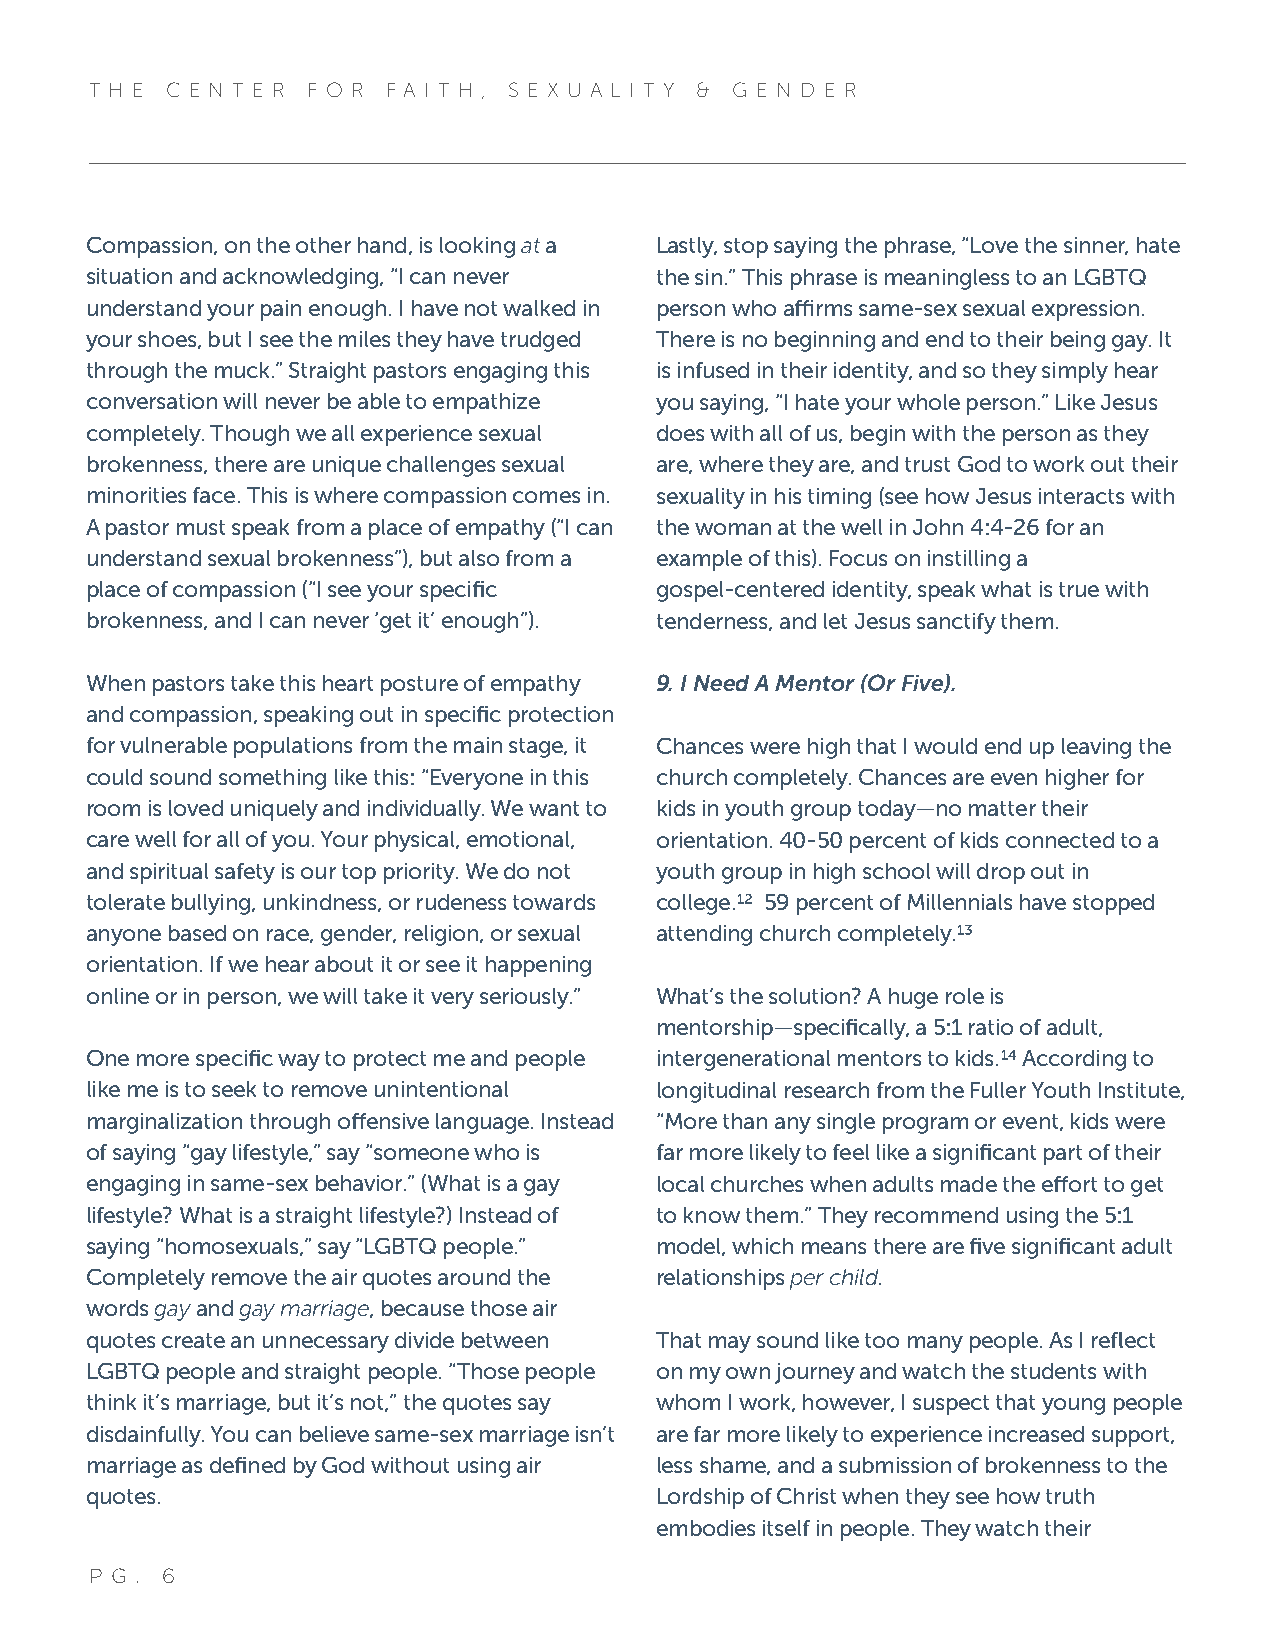
T H E C E N T E R F O R F A I T H , S E X U A L I T Y & G E N D E R
 Compassion, on the other hand, is looking at a Lastly, stop saying the phrase, “Love the sinner, hate
 situation and acknowledging, “I can never the sin.” This phrase is meaningless to an LGBTQ
 understand your pain enough. I have not walked in person who affirms same-sex sexual expression.
 your shoes, but I see the miles they have trudged There is no beginning and end to their being gay. It
 through the muck.” Straight pastors engaging this is infused in their identity, and so they simply hear
 conversation will never be able to empathize you saying, “I hate your whole person.” Like Jesus
 completely. Though we all experience sexual does with all of us, begin with the person as they
 brokenness, there are unique challenges sexual are, where they are, and trust God to work out their
 minorities face. This is where compassion comes in. sexuality in his timing (see how Jesus interacts with
 A pastor must speak from a place of empathy (“I can the woman at the well in John 4:4-26 for an
 understand sexual brokenness”), but also from a example of this). Focus on instilling a
 place of compassion (“I see your specific gospel-centered identity, speak what is true with
 brokenness, and I can never ‘get it’ enough”). tenderness, and let Jesus sanctify them.
 When pastors take this heart posture of empathy 9. I Need A Mentor (Or Five).
 and compassion, speaking out in specific protection
 for vulnerable populations from the main stage, it Chances were high that I would end up leaving the
 could sound something like this: “Everyone in this church completely. Chances are even higher for
 room is loved uniquely and individually. We want to kids in youth group today—no matter their
 care well for all of you. Your physical, emotional, orientation. 40-50 percent of kids connected to a
 and spiritual safety is our top priority. We do not youth group in high school will drop out in
 tolerate bullying, unkindness, or rudeness towards college.12 59 percent of Millennials have stopped
 anyone based on race, gender, religion, or sexual attending church completely.13
 orientation. If we hear about it or see it happening
 online or in person, we will take it very seriously.” What’s the solution? A huge role is
 mentorship—specifically, a 5:1 ratio of adult,
 One more specific way to protect me and people intergenerational mentors to kids.14 According to
 like me is to seek to remove unintentional longitudinal research from the Fuller Youth Institute,
 marginalization through offensive language. Instead “More than any single program or event, kids were
 of saying “gay lifestyle,” say “someone who is far more likely to feel like a significant part of their
 engaging in same-sex behavior.” (What is a gay local churches when adults made the effort to get
 lifestyle? What is a straight lifestyle?) Instead of to know them.” They recommend using the 5:1
 saying “homosexuals,” say “LGBTQ people.” model, which means there are five significant adult
 Completely remove the air quotes around the relationships per child.
 words gay and gay marriage, because those air
 quotes create an unnecessary divide between That may sound like too many people. As I reflect
 LGBTQ people and straight people. “Those people on my own journey and watch the students with
 think it’s marriage, but it’s not,” the quotes say whom I work, however, I suspect that young people
 disdainfully. You can believe same-sex marriage isn’t are far more likely to experience increased support,
 marriage as defined by God without using air less shame, and a submission of brokenness to the
 quotes.                              Lordship of Christ when they see how truth
 embodies itself in people. They watch their
 P G . 6